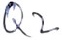
Text: Q2